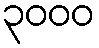
၃၀၀၀